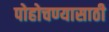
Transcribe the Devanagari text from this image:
पोहोचण्‍यासाठी